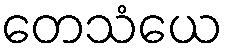
တေသံယေ